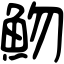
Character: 魩